Annual report on the health of the army in India
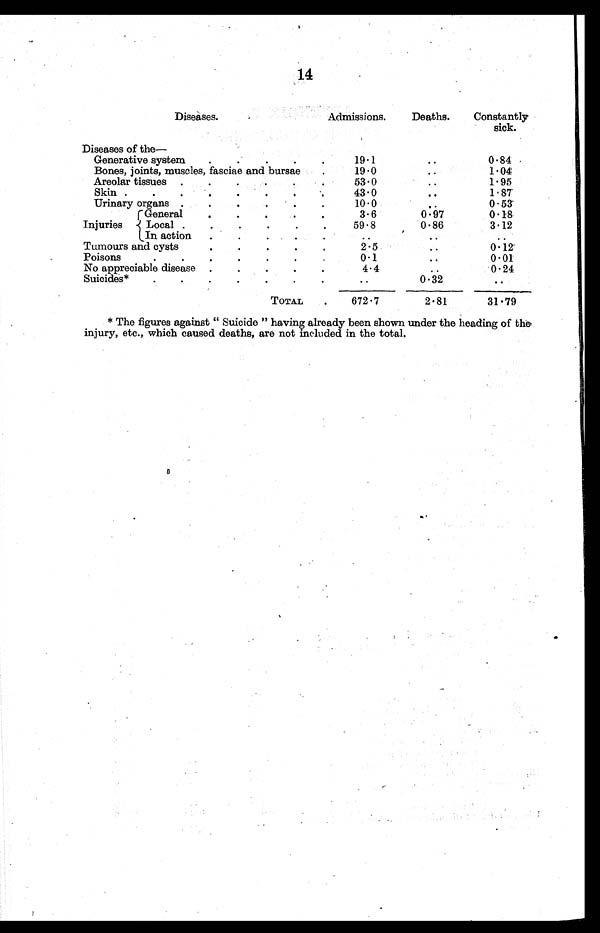
4
Diseases.
Admissions.
Deaths.
Constantly
sick.
Diseases of the:—
Generative system.
.
.
.
19.1
..
0.84
Bones, joints, muscles, fasciae and bursae
19.0
.
.
1.04
Areolar tissues .
.
.
.
53.0
1.95
Skin .
.
.
.
.
.
.
43.0
..
1.87
Urinary organs .
.
.
.
10.0
..
0.53
General
.
.
3.6
0.97
0.18
Injuries
Local .
.
.
.
59.8
0.86
3.12
In action
.
.
..
..
Tumours and cysts.
.
. .
2.5
. .
0.12
Poisons.
.
.
.
.
.
0 . 1
..
0.01
No appreciable disease .
.
.
.
4 . 4
..
0.24
..
0.32
..
Suicides*
.
.
.
.
.
.
TOTAL
672.7
2.81
31.79
* The figures against " Suicide " having already been shown under the heading of the
injury, etc., which caused deaths, are not included in the total.